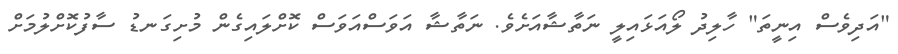
"އަދިވެސް އިނީތަ" ހާލިދު ލޯއަޅައިލީ ނަތާޝާއަށެވެ. ނަތާޝާ އަވަސްއަވަސް ކޮށްލައިގެން މުށިގަނޑު ސާފުކޮށްލުމަށް